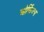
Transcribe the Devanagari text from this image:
ओर्फिज्म